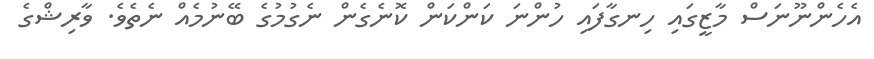
އެހެންނޫނަސް މާޒީގައި ހިނގާފައި ހުންނަ ކަންކަން ކޮނެގެން ނެގުމުގެ ބޭނުމެއް ނެތެވެ. ވާރިޝްގެ